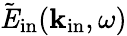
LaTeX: \tilde{\mathit E}_{\mathrm{in}}({\mathbf k}_{\mathrm{in}},\omega)